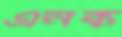
এনক